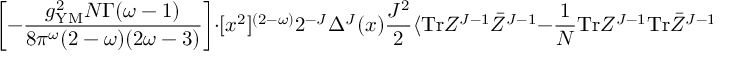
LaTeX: \left[ - \frac { g _ { \mathrm { Y M } } ^ { 2 } N \Gamma ( \omega - 1 ) } { 8 \pi ^ { \omega } ( 2 - \omega ) ( 2 \omega - 3 ) } \right] \cdot [ x ^ { 2 } ] ^ { ( 2 - \omega ) } 2 ^ { - J } \Delta ^ { J } ( x ) \frac { J ^ { 2 } } { 2 } \langle \mathrm { T r } Z ^ { J - 1 } \bar { Z } ^ { J - 1 } - \frac { 1 } { N } \mathrm { T r } Z ^ { J - 1 } \mathrm { T r } \bar { Z } ^ { J - 1 } \rangle